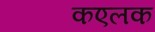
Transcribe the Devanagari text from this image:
कएलक